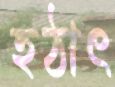
হঠাৎ